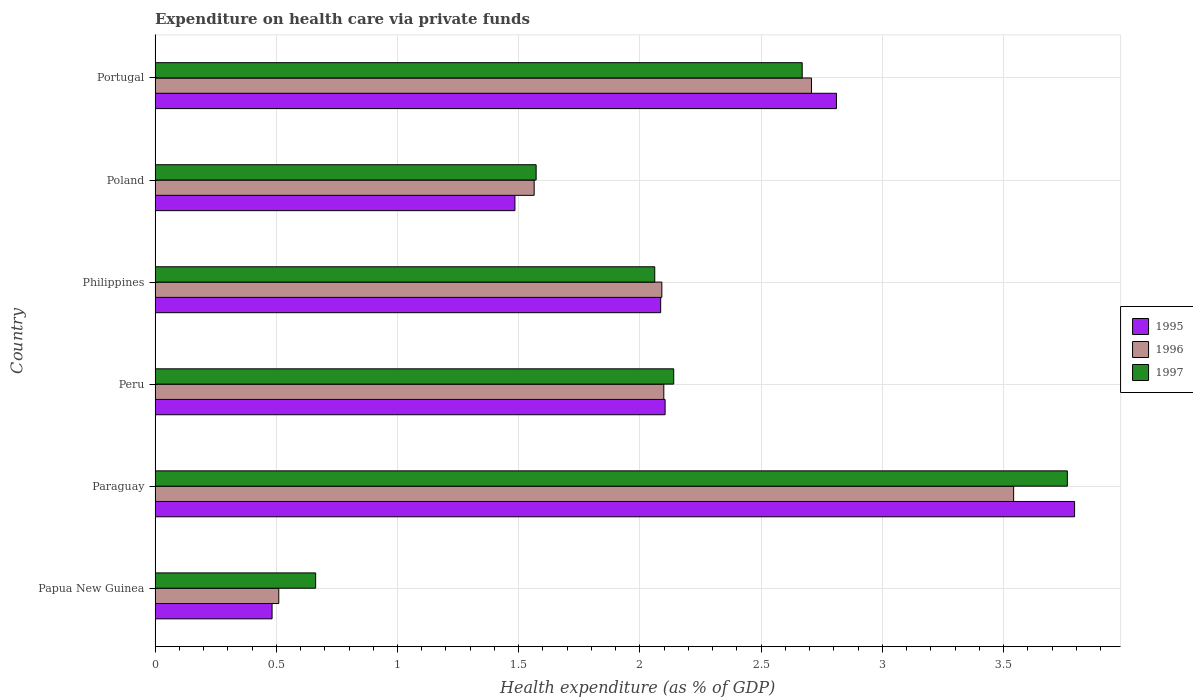
| Country | 1995 | 1996 | 1997 |
 | --- | --- | --- | --- |
 | Papua New Guinea | 0.483 | 0.51 | 0.662 |
 | Paraguay | 3.79 | 3.54 | 3.76 |
 | Peru | 2.1 | 2.1 | 2.14 |
 | Philippines | 2.09 | 2.09 | 2.06 |
 | Poland | 1.48 | 1.56 | 1.57 |
 | Portugal | 2.81 | 2.71 | 2.67 |